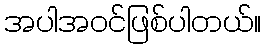
အပါအဝင်ဖြစ်ပါတယ်။